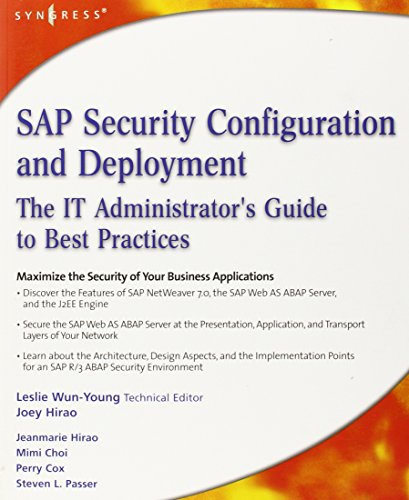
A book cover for SAP Security Configuration and Deployment: The IT Administrator's Guide to Best Practices; Joey Hirao; Computers & Technology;